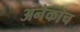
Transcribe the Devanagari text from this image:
अनेकांच